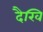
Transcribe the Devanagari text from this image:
दैखि